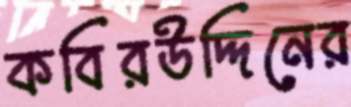
কবিরউদ্দিনের